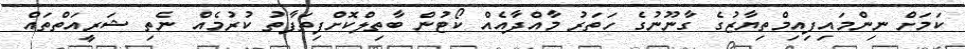
ކަމަށް ނިންމައިފިއިމްތިޔާޒުގެ ގާނޫނުގެ ހަތަރު މާއްދާއެއް ކޯޓުން ބާތިލްކޮށްފިތަފާތު ކުރުމެއް ނެތި ޝަރީއަތްތައް